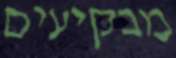
מבקיעים